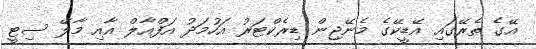
އޭގެ ތެރޭގައި އޭޑީކޭގެ މެނޭޖިން ޑިރެކްޓަރު އަހުމަދު އަފްއާލް އާއި މާލޭ ސިޓީ